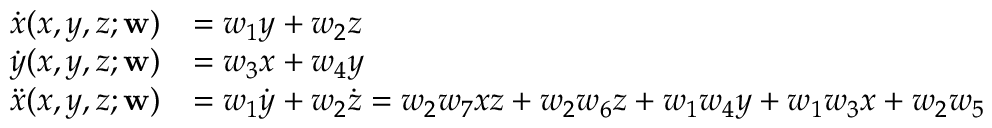
\begin{array} { r l } { \dot { x } ( x , y , z ; \mathbf { w } ) } & { = w _ { 1 } y + w _ { 2 } z } \\ { \dot { y } ( x , y , z ; \mathbf { w } ) } & { = w _ { 3 } x + w _ { 4 } y } \\ { \ddot { x } ( x , y , z ; \mathbf { w } ) } & { = w _ { 1 } \dot { y } + w _ { 2 } \dot { z } = w _ { 2 } w _ { 7 } x z + w _ { 2 } w _ { 6 } z + w _ { 1 } w _ { 4 } y + w _ { 1 } w _ { 3 } x + w _ { 2 } w _ { 5 } } \end{array}